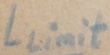
Text: Llimit